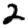
Digit: 2